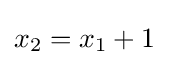
x_{2}=x_{1}+1